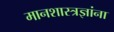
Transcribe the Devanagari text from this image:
मानशास्त्रज्ञांना